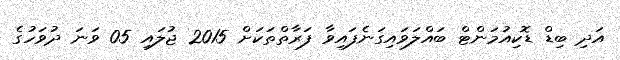
އަދި ބިޑް ޑޮކިއުމަންޓް ބައްލަވައިގަނެފައިވާ ފަރާތްތަކަށް 2015 ޖުލައި 05 ވަނަ ދުވަހުގެ